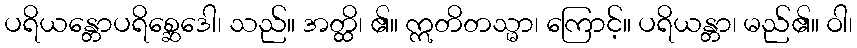
ပရိယန္တောပရိစ္ဆေဒေါ၊ သည်။ အတ္ထိ၊ ၏။ ဣတိတသ္မာ၊ ကြောင့်။ ပရိယန္တာ၊ မည်၏။ ဝါ၊